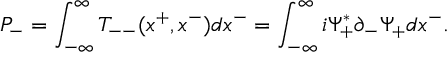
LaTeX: P _ { - } = \int _ { - { \infty } } ^ { \infty } T _ { -- } ( x ^ { + } , x ^ { - } ) d x ^ { - } = \int _ { - { \infty } } ^ { \infty } i { \Psi } _ { + } ^ { \ast } { \partial } _ { - } { \Psi } _ { + } d x ^ { - } .